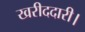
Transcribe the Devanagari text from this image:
खरीददारी।